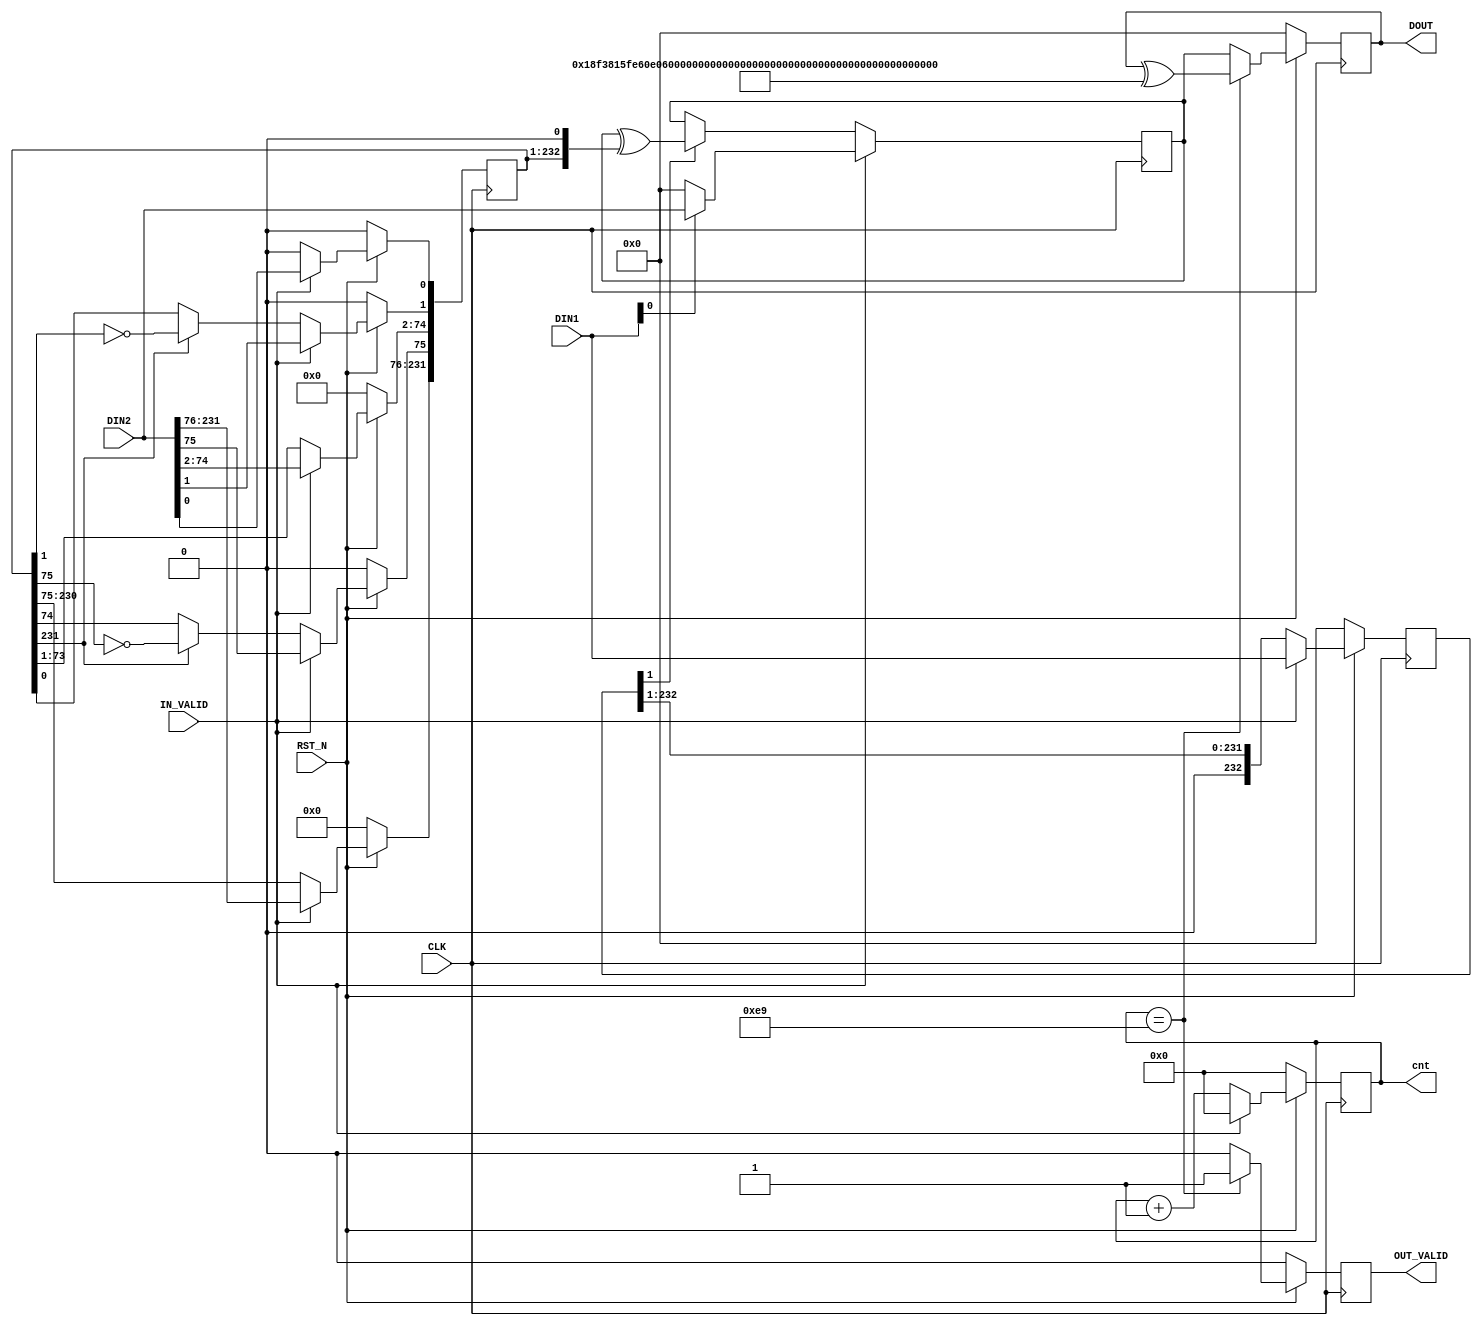
`timescale 1ns / 1ps
//////////////////////////////////////////////////////////////////////////////////
// Company: 
// Engineer: 
// 
// Design Name: 
// Module Name:    MOD_MULTI 
// Project Name: 
// Target Devices: 
// Tool versions: 
// Description: 
//
// Dependencies: 
//
// Revision: 
// Revision 0.01 - File Created
// Additional Comments: 
//
//////////////////////////////////////////////////////////////////////////////////
module ARS_MOD_MULTI(
                      CLK,
                      RST_N,
                      DIN1,
                      DIN2,
                      IN_VALID,
                      DOUT,
							 cnt,
                      OUT_VALID
                  );



//-------------------------------------------------------------------
// parameter list
//-------------------------------------------------------------------
parameter  DELAY_CYC = 8'hE9; //233

//parameter  

//-------------------------------------------------------------------
// port list
//-------------------------------------------------------------------
//input
input             CLK;
input             RST_N;
input   [232:0]   DIN1;
input   [232:0]   DIN2;
input             IN_VALID;

// output
output  [232:0]   DOUT;
output            OUT_VALID;
output  [7:0]     cnt;


//-------------------------------------------------------------------
// type definition
//-------------------------------------------------------------------
reg     OUT_VALID;
reg     OUT_VALID_TMP;
reg     [7:0]     cnt;


reg     [232:0]   data_in1;
reg     [232:0]   data_in2;

reg     [232:0]   data_in2_bak;

reg     [232:0]   data_tmp;

reg     [232:0]   DOUT;


//-------------------------------------------------------------------
// function description
//------------------------------------------------------------------- 
always @(posedge CLK) begin
	 if(!RST_N) begin
	 	  data_in1[232:0] <= {233{1'b0}};
	    data_in2[232:0] <= {233{1'b0}};
	 end
	 else if(IN_VALID) begin
	 	  data_in1[232:0] <= DIN1[232:0];
      data_in2[232:0] <= DIN2[232:0];
   end
   else begin
	
      data_in1[232:0] <= {1'b0,{data_in1[232:1]}};
		
		data_in2[232:0] <= {{data_in2[231:0]},1'b0};			
		
		if(data_in2[231] == 1'b1) begin
			data_in2[1]  <= data_in2[1] ^ 1'b1;
			data_in2[75] <= data_in2[75] ^ 1'b1;
		end
   end
end




always @(posedge CLK) begin
	 if(IN_VALID) begin
      if(DIN1[0] == 1'b1)
         data_tmp <= DIN2; 
      else
         data_tmp <= {233{1'b0}};
   end      
   else begin	
   	  if(data_in1[1] == 1'b1)
   	     data_tmp <= data_tmp ^ {{data_in2[231:0]},1'b0};	//modify----
   	  else
   	     data_tmp <= data_tmp;		  
   end
end



always @(posedge CLK) begin
	 if(!RST_N)
	 	cnt <= 8'h00;
   else if(IN_VALID)
      cnt <= 8'h00;
   else
      cnt <= cnt + 1;
end



always @(posedge CLK)  //
 if(!RST_N) begin
    OUT_VALID<=0;
	 OUT_VALID_TMP<=0;
	 DOUT <= {233{1'b0}};
 end
 else if(cnt == 8'hE9) begin
    OUT_VALID_TMP <= 1'b1;
//	 OUT_VALID<=OUT_VALID_TMP;
	 OUT_VALID<=1'b1;
	 DOUT <= DOUT ^ 233'h18F3815FE60E05D23DEEC41670ECDA4DE035D6EEE6D88723F7FA7983F98;
	 
 end
 else begin
    OUT_VALID_TMP <= 1'b0;
//	 OUT_VALID<=OUT_VALID_TMP;
	 OUT_VALID<=1'b0;
	 DOUT <= data_tmp;
 end



endmodule